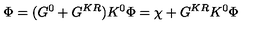
\Phi = ( G ^ { 0 } + G ^ { K R } ) K ^ { 0 } \Phi = \chi + G ^ { K R } K ^ { 0 } \Phi